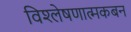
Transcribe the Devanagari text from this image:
विश्लेषणात्मकबन